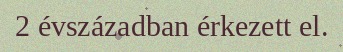
2 évszázadban érkezett el.